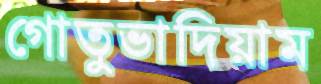
গোতুভাদিয়াম